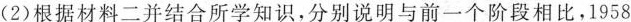
(2)根据材料二并结合所学知识，分别说明与前一个阶段相比，1958